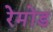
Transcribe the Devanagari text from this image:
रेमोंड